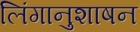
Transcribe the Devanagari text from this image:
लिंगानुशाषन